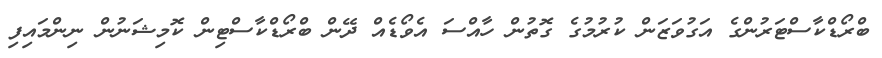
ބްރޯޑްކާސްޓަރުންގެ އަގުވަޒަން ކުރުމުގެ ގޮތުން ހާއްސަ އެވޯޑެއް ދޭން ބްރޯޑްކާސްޓިން ކޮމިޝަނުން ނިންމައިފި